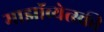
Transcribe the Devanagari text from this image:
माझॉव्येत्स्की